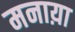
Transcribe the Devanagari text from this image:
मनाय़ा